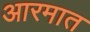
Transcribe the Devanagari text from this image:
आरमात